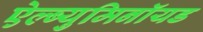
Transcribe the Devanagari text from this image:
ऐल्ब्युमिनॉयड